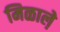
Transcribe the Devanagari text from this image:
मिळाले़